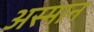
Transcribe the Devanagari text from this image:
अस्मान